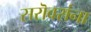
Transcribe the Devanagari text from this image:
सरॊवरांना